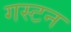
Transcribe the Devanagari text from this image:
गस्टन